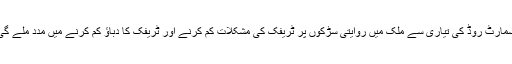
اسمارٹ روڈ کی تیاری سے ملک میں روایتی سڑکوں پر ٹریفک کی مشکلات کم کرنے اور ٹریفک کا دباؤ کم کرنے میں مدد ملے گی۔